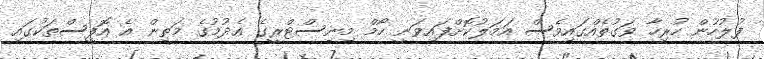
ފުލުހުން ހުރިހާ ވަގުތެއްގައިވެސް އަމަލުކޮށްފައިވަނީ ހޯމް މިނިސްޓްރީގެ އެދުމުގެ މަތިން އެ އޮފީސްތަކުގައި